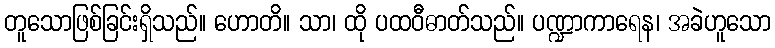
တူသောဖြစ်ခြင်းရှိသည်။ ဟောတိ။ သာ၊ ထို ပထဝီဓာတ်သည်။ ပဏ္ဍာကာရေန၊ အခဲဟူသော